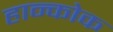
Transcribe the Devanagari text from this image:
हान्कोक